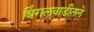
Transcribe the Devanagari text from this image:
त्रिंगलवाडीतले